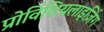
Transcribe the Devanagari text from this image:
प्रोविंशियलाइज़िंग